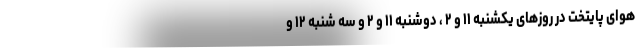
هوای پایتخت در روزهای یکشنبه ۱۱ و ۲ ، دوشنبه ۱۱ و ۲ و سه شنبه ۱۲ و